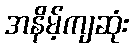
အနိမ့်ကျဆုံး